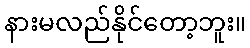
နားမလည်နိုင်တော့ဘူး။